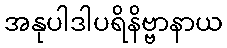
အနုပါဒါပရိနိဗ္ဗာနာယ